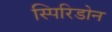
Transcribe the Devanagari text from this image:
स्पिरिडोन